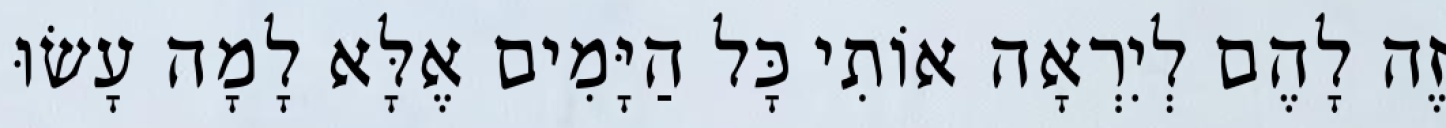
זֶה לָהֶם לְיִרְאָה אוֹתִי כָּל הַיָּמִים אֶלָּא לָמָה עָשׂוּ